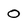
Character: 0